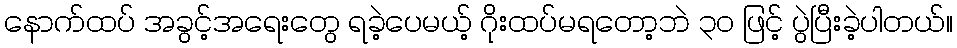
နောက်ထပ် အခွင့်အရေးတွေ ရခဲ့ပေမယ့် ဂိုးထပ်မရတော့ဘဲ ၃၀ ဖြင့် ပွဲပြီးခဲ့ပါတယ်။